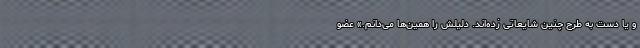
و یا دست به طرح چنین شایعاتی زده‌اند. دلیلش را همین‌ها می‌دانم.» عضو